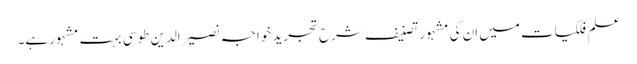
علم فلکیات میں اِن کی مشہور تصنیف شرح تجرید خواجہ نصیر الدین طوسی بہت مشہور ہے۔